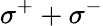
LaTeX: \sigma^{+}+\sigma^{-}